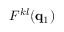
F ^ { k l } ( \mathbf { q } _ { 1 } )